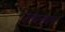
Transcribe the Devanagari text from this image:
उत्थानाचाच